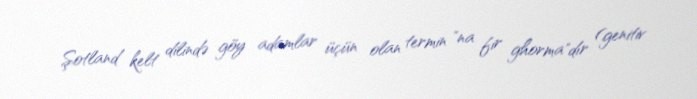
Şotland kelt dilində göy adamlar üçün olan termin "na fir ghorma"dır (genitiv